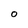
Character: o